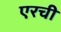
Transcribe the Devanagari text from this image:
एरची